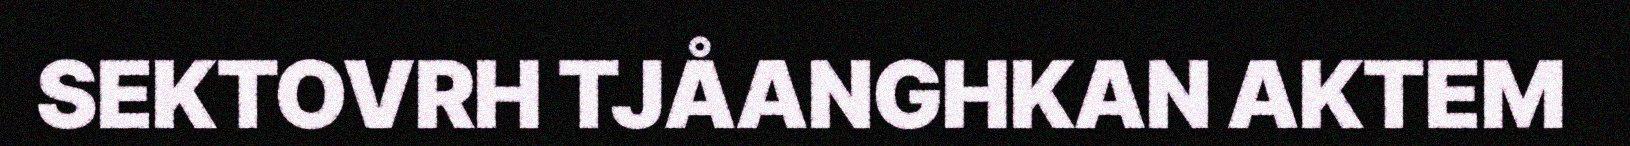
SEKTOVRH TJÅANGHKAN AKTEM